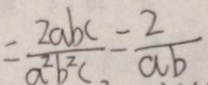
= \frac { 2 a b c } { a ^ { 2 } b ^ { 2 } c } = \frac { 2 } { a b }